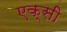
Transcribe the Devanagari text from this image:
एक्सी